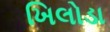
ખિલોડા